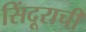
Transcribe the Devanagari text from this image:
सिंदूराची